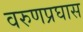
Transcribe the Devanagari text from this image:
वरुणप्रघास